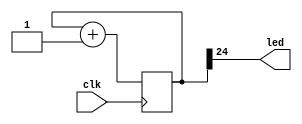
`timescale 1ns / 1ps
//////////////////////////////////////////////////////////////////////////////////
// Company: 
// Engineer: 
// 
// Design Name: 
// Module Name: blinky
// Project Name: 
// Target Devices: 
// Tool Versions: 
// Description: 
// 
// Dependencies: 
// 
// Revision:
// Revision 0.01 - File Created
// Additional Comments:
// 
//////////////////////////////////////////////////////////////////////////////////


module blinky(
    input clk,
    output led
    );
    
    reg [24:0] count = 0;
    
    always @ (posedge(clk)) count <= count + 1;
     
    assign led = count[24];
endmodule